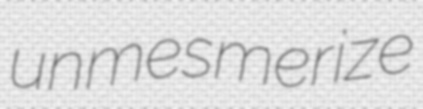
unmesmerize